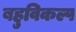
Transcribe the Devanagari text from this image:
बहुविकल्प